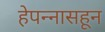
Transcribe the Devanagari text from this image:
हेपन्नासहून